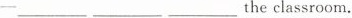
-___ ___ ___ the classroom.